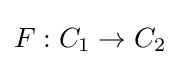
F:C_{1}\to C_{2}